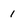
Character: 1